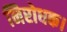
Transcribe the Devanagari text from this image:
निरोधक।